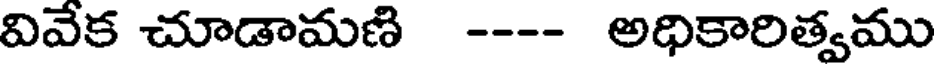
వివేక చూడామణి ---- అధికారిత్వము